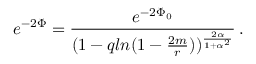
e ^ { - 2 \Phi } = { \frac { e ^ { - 2 \Phi _ { 0 } } } { ( 1 - q l n ( 1 - { \frac { 2 m } { r } } ) ) ^ { \frac { 2 \alpha } { 1 + \alpha ^ { 2 } } } } } \, .